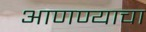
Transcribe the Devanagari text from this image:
अाणण्याचा